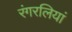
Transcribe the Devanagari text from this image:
रंगरलियां